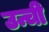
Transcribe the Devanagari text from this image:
उन्ची